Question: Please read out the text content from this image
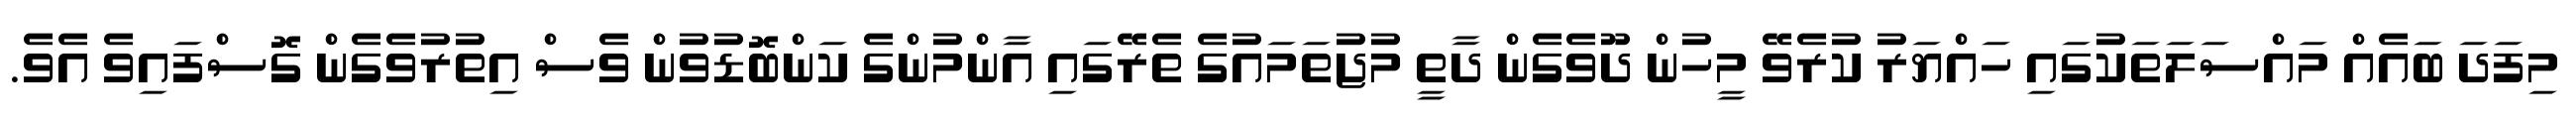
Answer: މިފަދަ ބައެއް މައްސަލަތަކުގައި ހައްޔަރު ކުރެވޭ މީހުން ދޫވެގެން ދާތީ މުޖުތަމައުގެ ތެރޭގައި އާންމުންގެ ކަންބޮޑުވުން ވެސް އިތުރުވެގެން ގޮސްފައިވެ އެވެ.